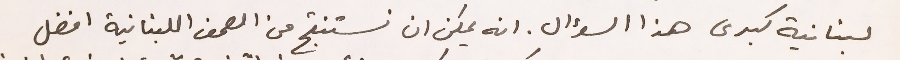
لبنانية كبرى هذا السؤال. انه يمكن ان نستنتج من الصحف اللبنانية افضل